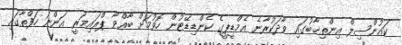
ކައުންސިލް އިންތިޚާބުގައި ވާދަކުރާނެ އެމްޑީޕީގެ ކެންޑިޑޭޓުން ހޮވުމަށް ބާއްވާ ޕްރައިމަރީ އަންނަ ހަފްތާގައި